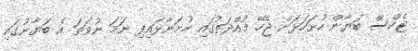
ޓެކްސް ބަޔާން ހުށަހަޅަން ޖެހޭ މުއްދަތުގައި ހުށަނާޅައިފި ނަމަ ނުވަތަ އެ ބަޔާނުގައި